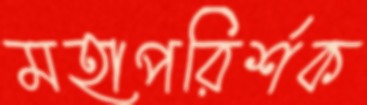
মহাপরির্শক